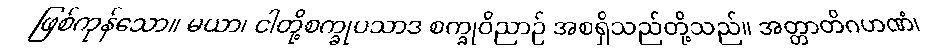
ဖြစ်ကုန်သော။ မယာ၊ ငါတို့စက္ခုပသာဒ စက္ခုဝိညာဉ် အစရှိသည်တို့သည်။ အတ္တာတိဂဟဏံ၊